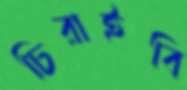
চিরাইবি